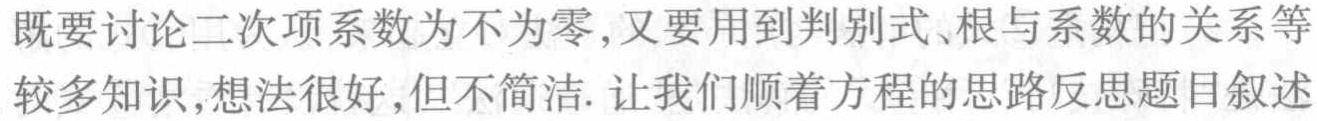
既要讨论二次项系数为不为零,又要用到判别式、根与系数的关系等

较多知识,想法很好,但不简洁. 让我们顺着方程的思路反思题目叙述